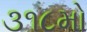
૩૧૮મો